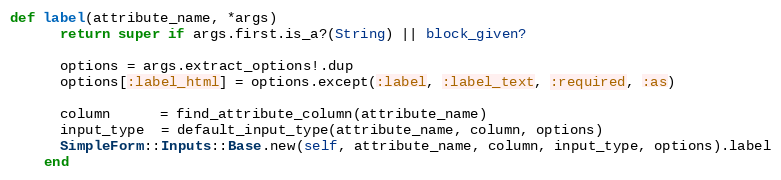
Language: Ruby
def label(attribute_name, *args)
      return super if args.first.is_a?(String) || block_given?

      options = args.extract_options!.dup
      options[:label_html] = options.except(:label, :label_text, :required, :as)

      column      = find_attribute_column(attribute_name)
      input_type  = default_input_type(attribute_name, column, options)
      SimpleForm::Inputs::Base.new(self, attribute_name, column, input_type, options).label
    end